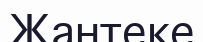
Жантеке